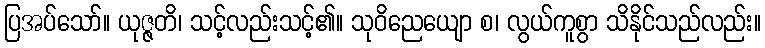
ပြအပ်သော်။ ယုဇ္ဇတိ၊ သင့်လည်းသင့်၏။ သုဝိညေယျော စ၊ လွယ်ကူစွာ သိနိုင်သည်လည်း။